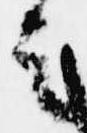
者